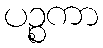
ပဉ္စကာ